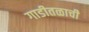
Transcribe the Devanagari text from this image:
गाडीतळाची